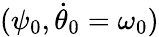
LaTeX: (\psi_{0},\dot{\theta}_{0}=\omega_{0})